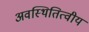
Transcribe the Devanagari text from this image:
अवस्थितित्वीय